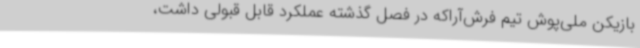
بازیکن ملی‌پوش تیم فرش‌آراکه در فصل گذشته عملکرد قابل قبولی داشت،